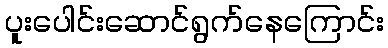
ပူးပေါင်းဆောင်ရွက်နေကြောင်း